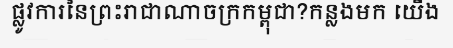
ផ្លូវការនៃព្រះរាជាណាចក្រកម្ពុជា?កន្លងមក យើង